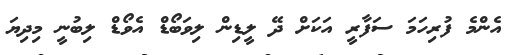
އެންމެ ފުރިހަމަ ސަފާރީ އަކަށް ދޭ ލީޑިން ލިވަބޯޑް އެވޯޑް ލިބުނީ މިދިޔަ